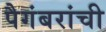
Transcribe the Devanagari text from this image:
पैगंबरांची